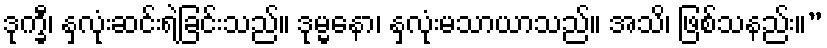
ဒုက္ခီ၊ နှလုံးဆင်းရဲခြင်းသည်။ ဒုမ္မနော၊ နှလုံးမသာယာသည်။ အသိ၊ ဖြစ်သနည်း။”